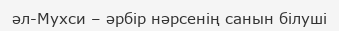
әл-Мухси – әрбір нәрсенің санын білуші